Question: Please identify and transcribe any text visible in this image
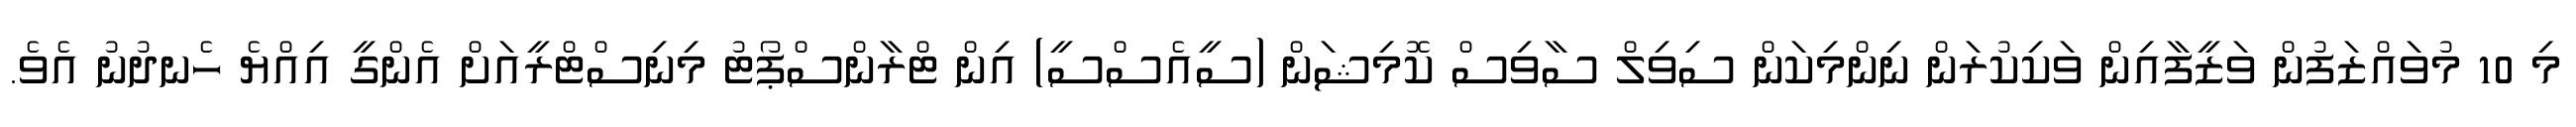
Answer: މި 10 މުވައްޒަފުން ވަޒީފާއިން ވަކިކުރަން ނިންމިކަން ސިވިލް ސާވިސް ކޮމިޝަން (ސީއެސްސީ) އިން ޓްރާންސްޕޯޓު މިނިސްޓްރީއަށް އެންގީ އިއްޔެ ހެނދުނު އެވެ.